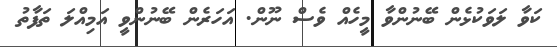
ކަވާ ލަވަކުޅެން ބޭނުންވާ މީހެއް ވެސް ނޫން. އަހަރެން ބޭނުންވީ އަމިއްލަ ތަފާތު